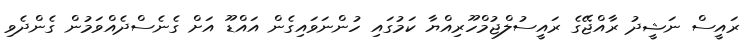
ރައީސް ނަޝީދު ރާއްޖޭގެ ރައީސުލްޖުމްހޫރިއްޔާ ކަމުގައި ހުންނަވައިގެން އައްޑޫ އަށް ގެނެސްދެއްވަމުން ގެންދެވި